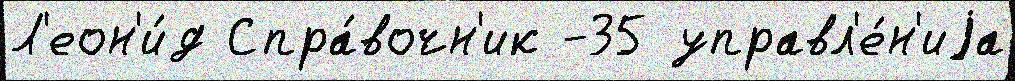
Л'еон'и́д Спра́вочн'ик -35 управл'е́н'иjа